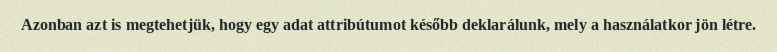
Azonban azt is megtehetjük, hogy egy adat attribútumot később deklarálunk, mely a használatkor jön létre.